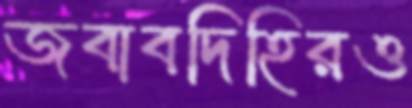
জবাবদিহিরও